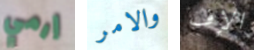
إرمي والامر الإف